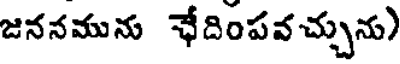
జననమును ఛేదింపవచ్చును)